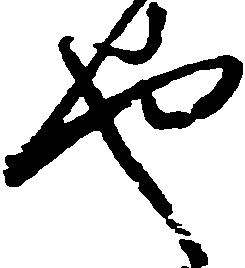
也